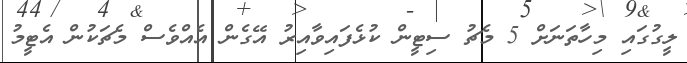
ލީގުގައި މިހާތަަނަށް 5 މެޗު ސިޓީން ކުޅެފައިވާއިރު އޭގެން އެއްވެސް މެޗަކުން އެޓީމު